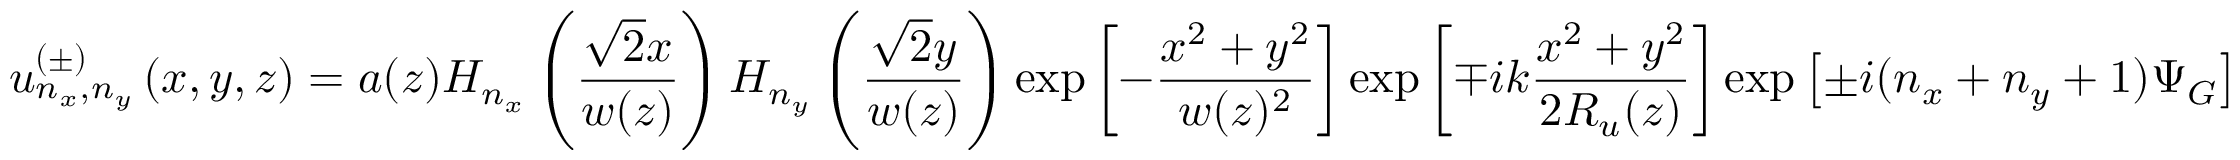
u _ { n _ { x } , n _ { y } } ^ { ( \pm ) } \left( x , y , z \right) = a ( z ) H _ { n _ { x } } \left( \frac { \sqrt { 2 } x } { w ( z ) } \right) H _ { n _ { y } } \left( \frac { \sqrt { 2 } y } { w ( z ) } \right) \exp \left[ - \frac { x ^ { 2 } + y ^ { 2 } } { w ( z ) ^ { 2 } } \right] \exp \left[ \mp i k \frac { x ^ { 2 } + y ^ { 2 } } { 2 R _ { u } ( z ) } \right] \exp \left[ \pm i ( n _ { x } + n _ { y } + 1 ) \Psi _ { G } \right]